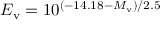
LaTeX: E _ { \mathrm { v } } = 1 0 ^ { ( - 1 4 . 1 8 - M _ { \mathrm { v } } ) / 2 . 5 }